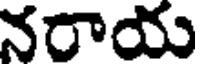
నరాయ